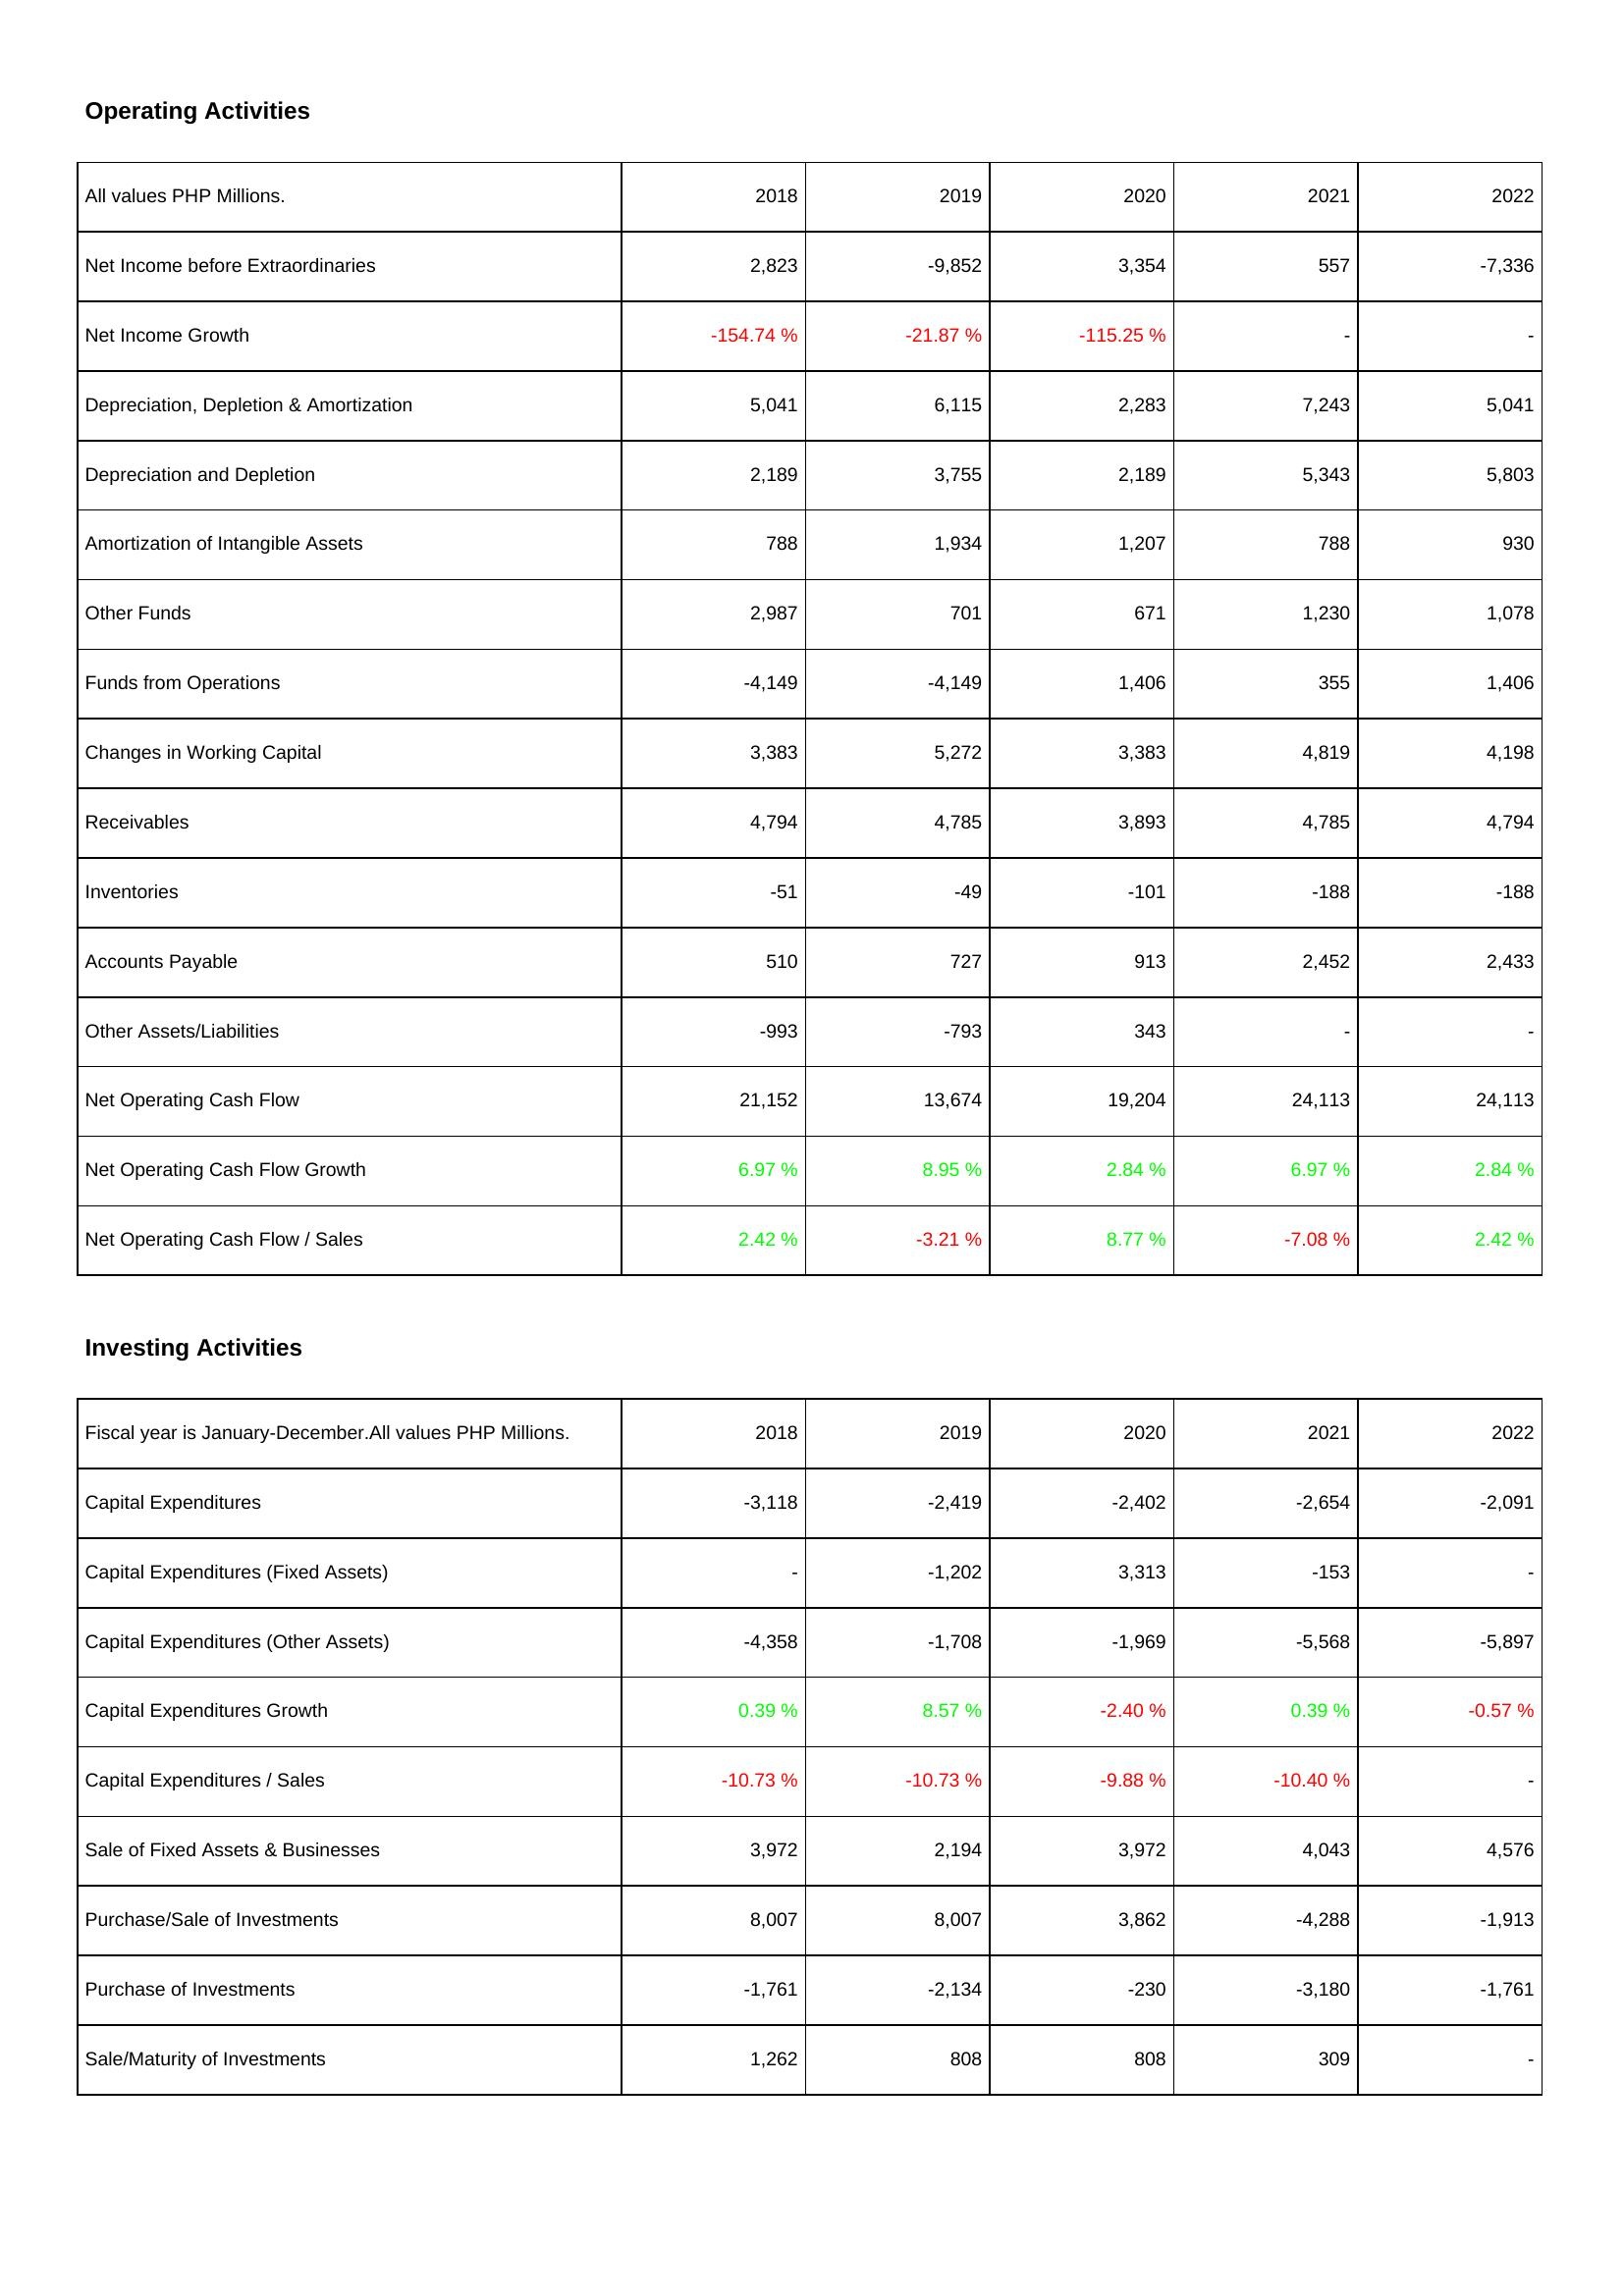
2018: Operating Activities: Net Income before Extraordinaries: 2,823
Net Income Growth: -154.74 %
Depreciation, Depletion & Amortization: 5,041
Depreciation and Depletion: 2,189
Amortization of Intangible Assets: 788
Other Funds: 2,987
Funds from Operations: -4,149
Changes in Working Capital: 3,383
Receivables: 4,794
Inventories: -51
Accounts Payable: 510
Other Assets/Liabilities: -993
Net Operating Cash Flow: 21,152
Net Operating Cash Flow Growth: 6.97 %
Net Operating Cash Flow / Sales: 2.42 %
Investing Activities: Capital Expenditures: -3,118
Capital Expenditures (Fixed Assets): -
Capital Expenditures (Other Assets): -4,358
Capital Expenditures Growth: 0.39 %
Capital Expenditures / Sales: -10.73 %
Sale of Fixed Assets & Businesses: 3,972
Purchase/Sale of Investments: 8,007
Purchase of Investments: -1,761
Sale/Maturity of Investments: 1,262
2019: Operating Activities: Net Income before Extraordinaries: -9,852
Net Income Growth: -21.87 %
Depreciation, Depletion & Amortization: 6,115
Depreciation and Depletion: 3,755
Amortization of Intangible Assets: 1,934
Other Funds: 701
Funds from Operations: -4,149
Changes in Working Capital: 5,272
Receivables: 4,785
Inventories: -49
Accounts Payable: 727
Other Assets/Liabilities: -793
Net Operating Cash Flow: 13,674
Net Operating Cash Flow Growth: 8.95 %
Net Operating Cash Flow / Sales: -3.21 %
Investing Activities: Capital Expenditures: -2,419
Capital Expenditures (Fixed Assets): -1,202
Capital Expenditures (Other Assets): -1,708
Capital Expenditures Growth: 8.57 %
Capital Expenditures / Sales: -10.73 %
Sale of Fixed Assets & Businesses: 2,194
Purchase/Sale of Investments: 8,007
Purchase of Investments: -2,134
Sale/Maturity of Investments: 808
2020: Operating Activities: Net Income before Extraordinaries: 3,354
Net Income Growth: -115.25 %
Depreciation, Depletion & Amortization: 2,283
Depreciation and Depletion: 2,189
Amortization of Intangible Assets: 1,207
Other Funds: 671
Funds from Operations: 1,406
Changes in Working Capital: 3,383
Receivables: 3,893
Inventories: -101
Accounts Payable: 913
Other Assets/Liabilities: 343
Net Operating Cash Flow: 19,204
Net Operating Cash Flow Growth: 2.84 %
Net Operating Cash Flow / Sales: 8.77 %
Investing Activities: Capital Expenditures: -2,402
Capital Expenditures (Fixed Assets): 3,313
Capital Expenditures (Other Assets): -1,969
Capital Expenditures Growth: -2.40 %
Capital Expenditures / Sales: -9.88 %
Sale of Fixed Assets & Businesses: 3,972
Purchase/Sale of Investments: 3,862
Purchase of Investments: -230
Sale/Maturity of Investments: 808
2021: Operating Activities: Net Income before Extraordinaries: 557
Net Income Growth: -
Depreciation, Depletion & Amortization: 7,243
Depreciation and Depletion: 5,343
Amortization of Intangible Assets: 788
Other Funds: 1,230
Funds from Operations: 355
Changes in Working Capital: 4,819
Receivables: 4,785
Inventories: -188
Accounts Payable: 2,452
Other Assets/Liabilities: -
Net Operating Cash Flow: 24,113
Net Operating Cash Flow Growth: 6.97 %
Net Operating Cash Flow / Sales: -7.08 %
Investing Activities: Capital Expenditures: -2,654
Capital Expenditures (Fixed Assets): -153
Capital Expenditures (Other Assets): -5,568
Capital Expenditures Growth: 0.39 %
Capital Expenditures / Sales: -10.40 %
Sale of Fixed Assets & Businesses: 4,043
Purchase/Sale of Investments: -4,288
Purchase of Investments: -3,180
Sale/Maturity of Investments: 309
2022: Operating Activities: Net Income before Extraordinaries: -7,336
Net Income Growth: -
Depreciation, Depletion & Amortization: 5,041
Depreciation and Depletion: 5,803
Amortization of Intangible Assets: 930
Other Funds: 1,078
Funds from Operations: 1,406
Changes in Working Capital: 4,198
Receivables: 4,794
Inventories: -188
Accounts Payable: 2,433
Other Assets/Liabilities: -
Net Operating Cash Flow: 24,113
Net Operating Cash Flow Growth: 2.84 %
Net Operating Cash Flow / Sales: 2.42 %
Investing Activities: Capital Expenditures: -2,091
Capital Expenditures (Fixed Assets): -
Capital Expenditures (Other Assets): -5,897
Capital Expenditures Growth: -0.57 %
Capital Expenditures / Sales: -
Sale of Fixed Assets & Businesses: 4,576
Purchase/Sale of Investments: -1,913
Purchase of Investments: -1,761
Sale/Maturity of Investments: -